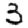
Digit: 3